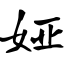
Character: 娅